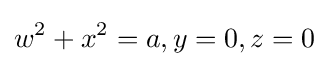
w^{2}+x^{2}=a,y=0,z=0